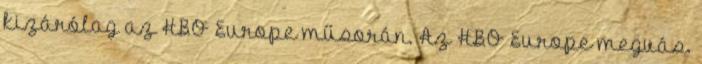
kizárólag az HBO Europe műsorán. Az HBO Europe megvás.